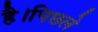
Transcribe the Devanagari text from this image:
है।पिछले